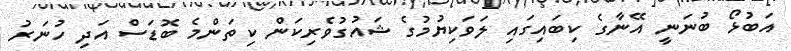
އަބުޅޯ ބުނަނީ އޭނާގެ ކިބައިގައި ލަވަކިޔުމުގެ ޝައުގުވެރިކަން ކިތަންމެ ބޮޑަސް އަދި ހުނަރު